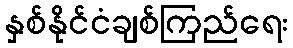
နှစ်နိုင်ငံချစ်ကြည်ရေး